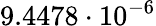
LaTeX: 9.4478\cdot 10^{-6}